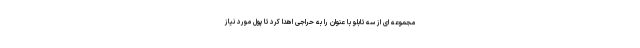
مجموعه ای از سه تابلو با عنوان را به حراجی اهدا کرد تا پول مورد نیاز